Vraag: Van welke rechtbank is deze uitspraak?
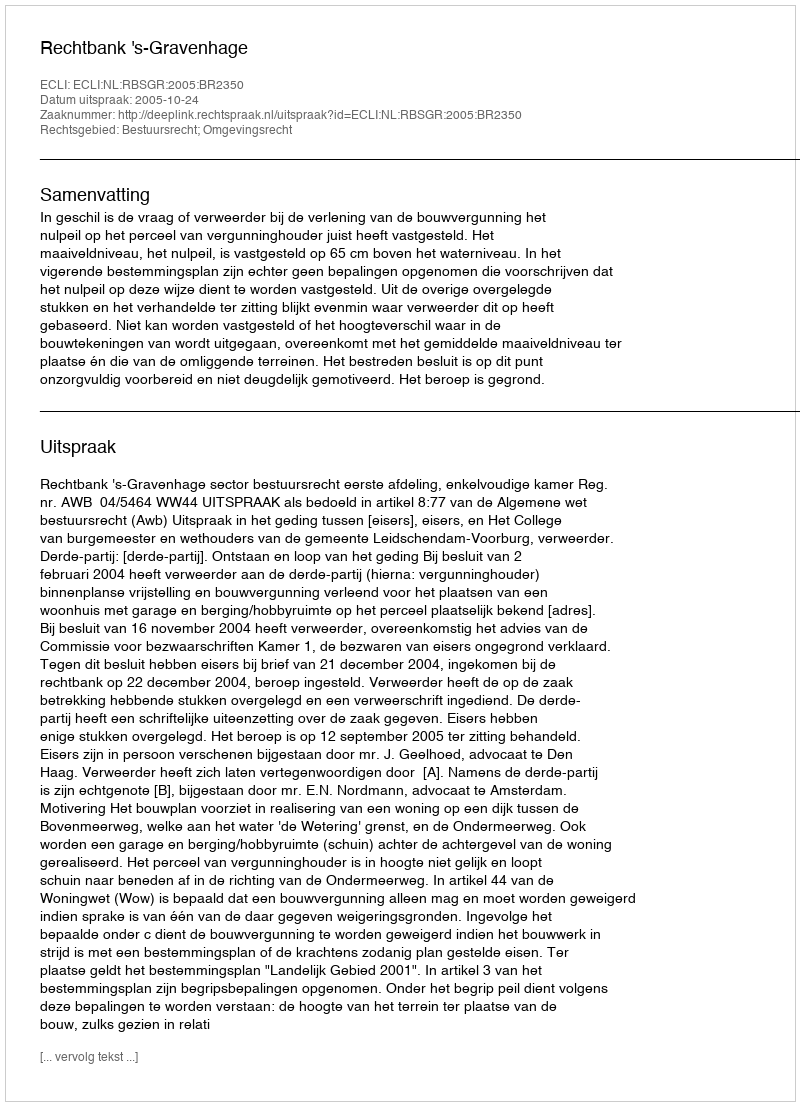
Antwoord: Rechtbank 's-Gravenhage